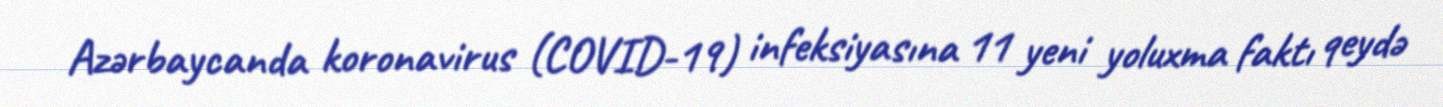
Azərbaycanda koronavirus (COVID-19) infeksiyasına 11 yeni yoluxma faktı qeydə